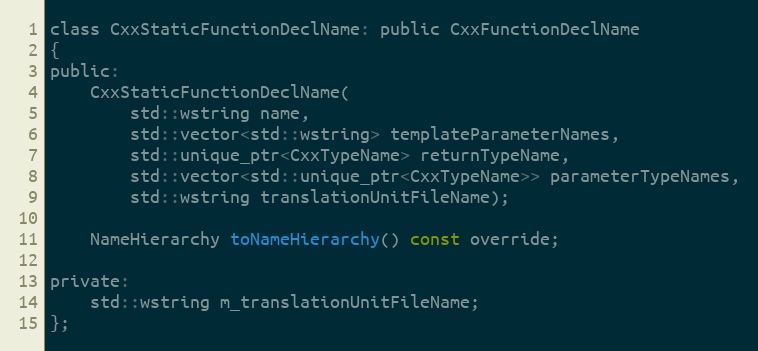
Language: C
class CxxStaticFunctionDeclName: public CxxFunctionDeclName
{
public:
	CxxStaticFunctionDeclName(
		std::wstring name,
		std::vector<std::wstring> templateParameterNames,
		std::unique_ptr<CxxTypeName> returnTypeName,
		std::vector<std::unique_ptr<CxxTypeName>> parameterTypeNames,
		std::wstring translationUnitFileName);

	NameHierarchy toNameHierarchy() const override;

private:
	std::wstring m_translationUnitFileName;
};